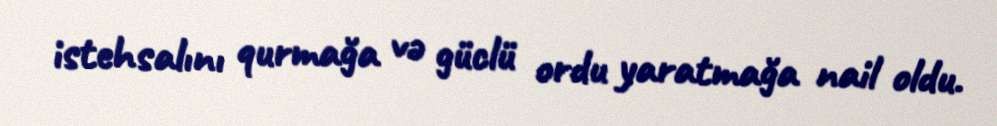
istehsalını qurmağa və güclü ordu yaratmağa nail oldu.